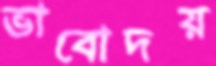
ভাবোদয়